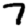
Digit: 7